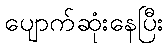
ပျောက်ဆုံးနေပြီး